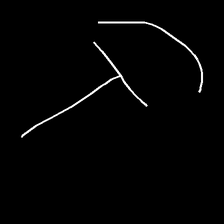
Glyph: dispersion